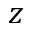
z